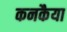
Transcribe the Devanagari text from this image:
कनकैया